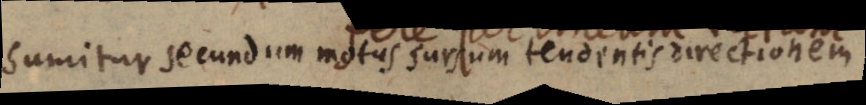
Sumitur secundum motus sursum tendentis directionem